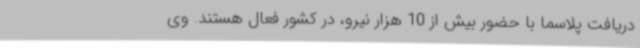
دریافت پلاسما با حضور بیش از 10 هزار نیرو، در کشور فعال هستند. وی